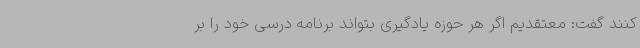
کنند گفت: معتقدیم اگر هر حوزه یادگیری بتواند برنامه درسی خود را بر